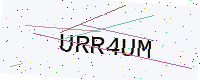
Text: URR4UM